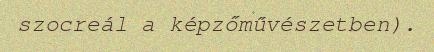
szocreál a képzőművészetben).